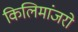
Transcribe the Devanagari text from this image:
किलिमांजरो